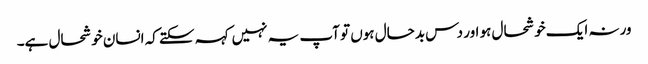
ورنہ ایک خوشحال ہو اور دس بدحال ہوں تو آپ یہ نہیں کہہ سکتے کہ انسان خوشحال ہے۔